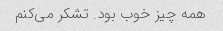
همه چیز خوب بود. تشکر می‌کنم